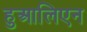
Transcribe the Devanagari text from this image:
हुआलिएन